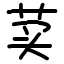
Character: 荬